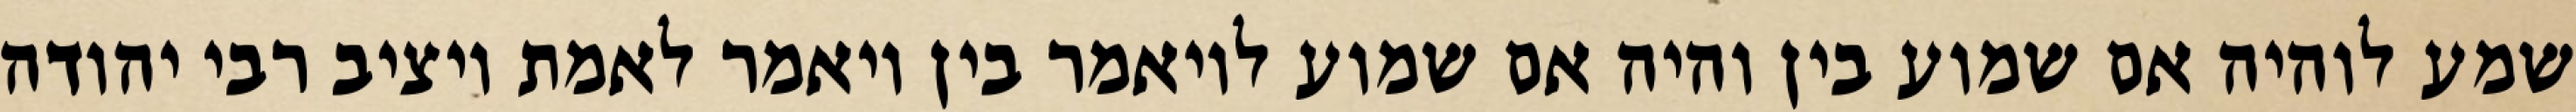
שמע לוהיה אם שמוע בין והיה אם שמוע לויאמר בין ויאמר לאמת ויציב רבי יהודה